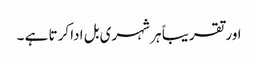
اور تقریباً ہر شہری بل ادا کرتا ہے ۔